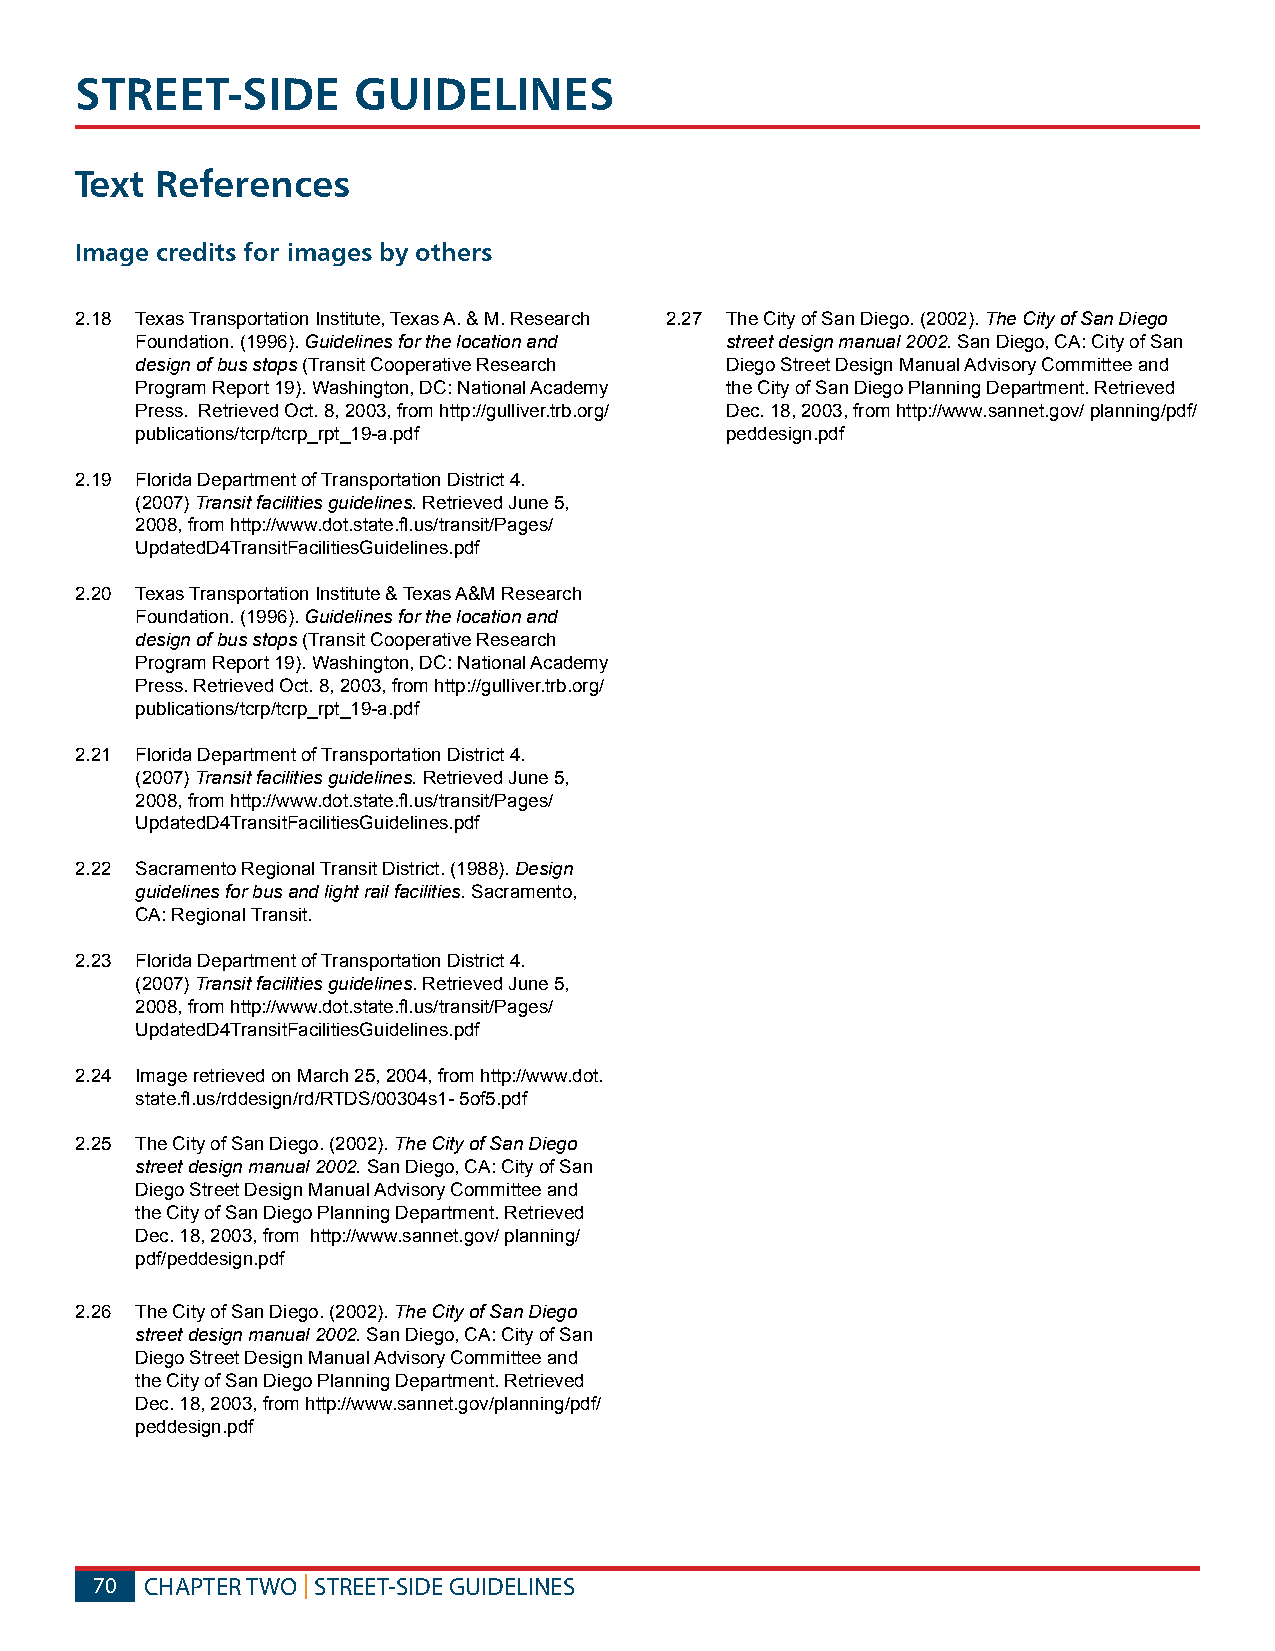
STREET-SIDE       GUIDELINES
 Text References
 Image credits for images by others
 2.18 Texas Transportation Institute, Texas A. & M. Research 2.27 The City of San Diego. (2002). The City of San Diego
 Foundation. (1996). Guidelines for the location and street design manual 2002. San Diego, CA: City of San
 design of bus stops (Transit Cooperative Research Diego Street Design Manual Advisory Committee and
 Program Report 19). Washington, DC: National Academy the City of San Diego Planning Department. Retrieved
 Press. Retrieved Oct. 8, 2003, from http://gulliver.trb.org/ Dec. 18, 2003, from http://www.sannet.gov/ planning/pdf/
 publications/tcrp/tcrp_rpt_19-a.pdf    peddesign.pdf
 2.19 Florida Department of Transportation District 4.
 (2007) Transit facilities guidelines. Retrieved June 5,
 2008, from http://www.dot.state.fl.us/transit/Pages/
 UpdatedD4TransitFacilitiesGuidelines.pdf
 2.20 Texas Transportation Institute & Texas A&M Research
 Foundation. (1996). Guidelines for the location and
 design of bus stops (Transit Cooperative Research
 Program Report 19). Washington, DC: National Academy
 Press. Retrieved Oct. 8, 2003, from http://gulliver.trb.org/
 publications/tcrp/tcrp_rpt_19-a.pdf
 2.21 Florida Department of Transportation District 4.
 (2007) Transit facilities guidelines. Retrieved June 5,
 2008, from http://www.dot.state.fl.us/transit/Pages/
 UpdatedD4TransitFacilitiesGuidelines.pdf
 2.22 Sacramento Regional Transit District. (1988). Design
 guidelines for bus and light rail facilities. Sacramento,
 CA: Regional Transit.
 2.23 Florida Department of Transportation District 4.
 (2007) Transit facilities guidelines. Retrieved June 5,
 2008, from http://www.dot.state.fl.us/transit/Pages/
 UpdatedD4TransitFacilitiesGuidelines.pdf
 2.24 Image retrieved on March 25, 2004, from http://www.dot.
 state.fl.us/rddesign/rd/RTDS/00304s1- 5of5.pdf
 2.25 The City of San Diego. (2002). The City of San Diego
 street design manual 2002. San Diego, CA: City of San
 Diego Street Design Manual Advisory Committee and
 the City of San Diego Planning Department. Retrieved
 Dec. 18, 2003, from http://www.sannet.gov/ planning/
 pdf/peddesign.pdf
 2.26 The City of San Diego. (2002). The City of San Diego
 street design manual 2002. San Diego, CA: City of San
 Diego Street Design Manual Advisory Committee and
 the City of San Diego Planning Department. Retrieved
 Dec. 18, 2003, from http://www.sannet.gov/planning/pdf/
 peddesign.pdf
 70  CHAPTER TWO | STREET-SIDE GUIDELINES